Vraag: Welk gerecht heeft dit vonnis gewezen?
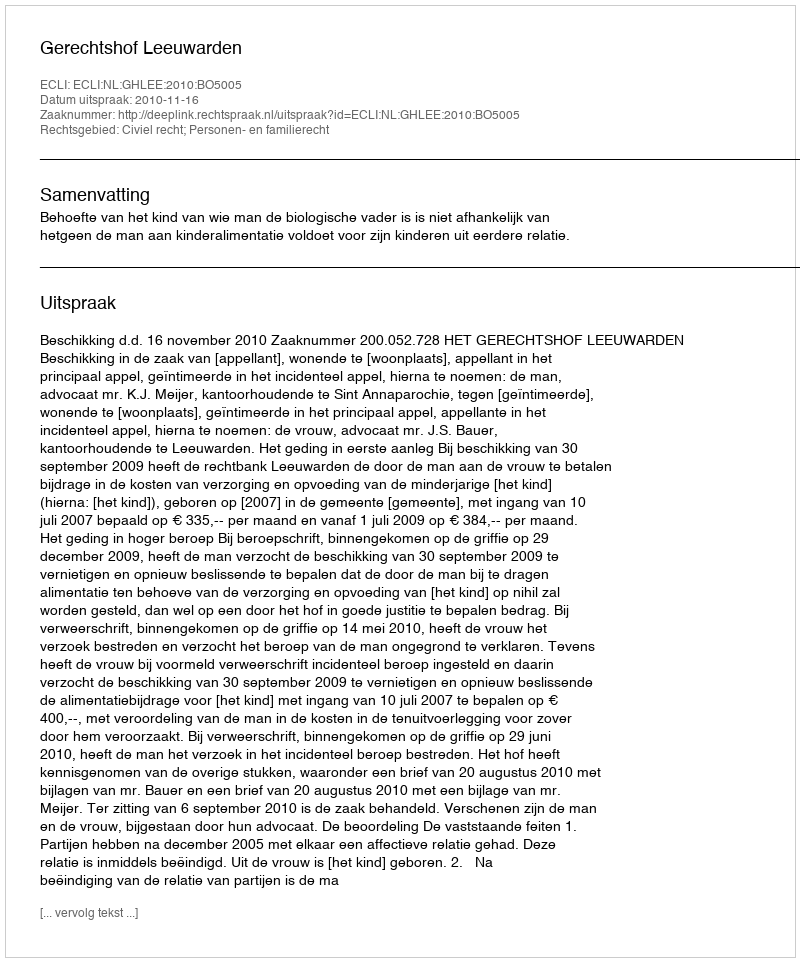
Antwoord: Gerechtshof Leeuwarden